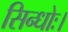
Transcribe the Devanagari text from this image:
सिन्धोः।